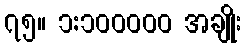
၇၅။ ၁:၁၀၀၀၀၀ အချိုး